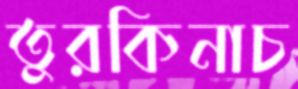
তুরকিনাচ